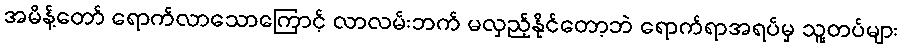
အမိန့်တော် ရောက်လာသောကြောင့် လာလမ်းဘက် မလှည့်နိုင်တော့ဘဲ ရောက်ရာအရပ်မှ သူ့တပ်များ